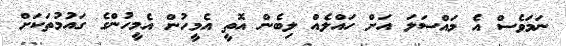
ނަމަވެސް އެ މައްސަލަ އަށް ހައްލެއް ލިބެން އޮތީ އެމީހުން އެމީހުންގެ ގައުމުތަކަށް